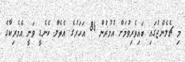
މި ޗެލެންޖުގައި ބައިވެރިވުމަށް އުމުރުން 86 އަހަރުގެ އެތެލް ކެނެޑީ ވަނީ އެމެރިކާގެ